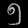
Digit: ၅